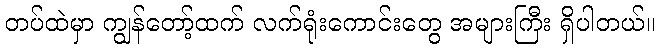
တပ်ထဲမှာ ကျွန်တော့်ထက် လက်ရုံးကောင်းတွေ အများကြီး ရှိပါတယ်။